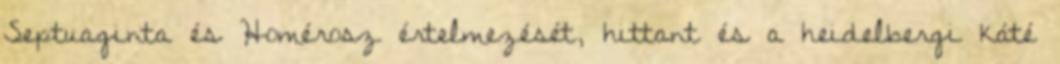
Septuaginta és Homérosz értelmezését, hittant és a heidelbergi káté